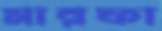
মারফা